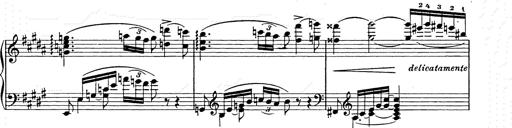
Title: Ballade No.2
Composer: Jan Skrzydlewski
Key: B minor